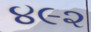
૪૯૨